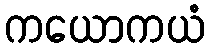
ကယောကယံ